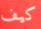
كيف